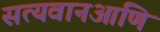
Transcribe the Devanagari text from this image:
सत्यवानआणि